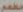
مطعم